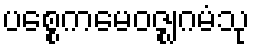
ပစ္စေကမေဝဇ္ဈဂမံသု